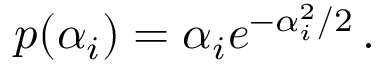
p ( \alpha _ { i } ) = \alpha _ { i } e ^ { - \alpha _ { i } ^ { 2 } / 2 } \, .